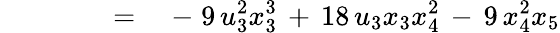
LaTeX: \qquad\qquad=\quad-\; 9\, u_{3}^{2}x_{3}^{3}\, +\, 18\, u_{3}x_{3}x_{4}^{2}\, -\, 9\, x_{4}^{2}x_{5}